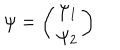
\psi = \left( \begin{array} { c } { { \psi _ { 1 } } } \\ { { \psi _ { 2 } } } \\ \end{array} \right)